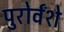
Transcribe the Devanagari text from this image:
पुरोर्वंशे